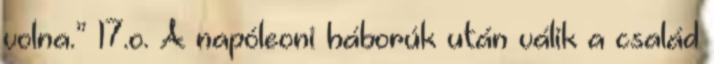
volna.” 17.o. A napóleoni háborúk után válik a család